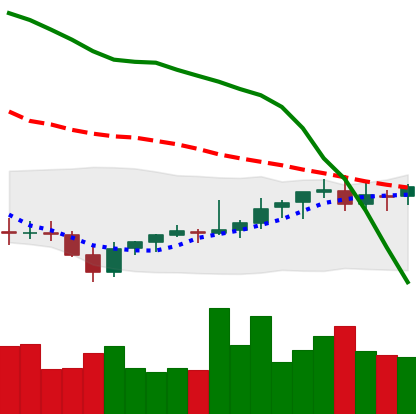
Ticker: EOS-USD
Chart end date: 2021-08-04
Forward return: 10.357%
Label: up_7plus